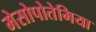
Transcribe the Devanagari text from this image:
मेसोपोतेमिया